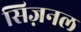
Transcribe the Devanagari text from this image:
सिज़नल